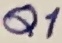
Text: Q1